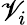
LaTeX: \mathscr{V}_{i}